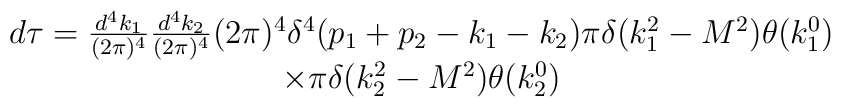
\begin{array}{c}d\tau =\frac{d^4k_1}{(2\pi )^4}\frac{d^4k_2}{(2\pi )^4}(2\pi )^4\delta^4(p_1+p_2-k_1-k_2)\pi \delta (k_1^2-M^2)\theta (k_1^0) \\ \times \pi \delta (k_2^2-M^2)\theta (k_2^0)\end{array}